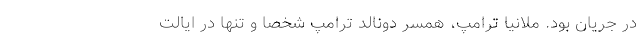
در جریان بود. ملانیا ترامپ، همسر دونالد ترامپ شخصاً و تنها در ایالت